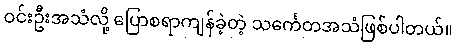
ဝင်းဦးအသံလို့ ပြောစရာကျန်ခဲ့တဲ့ သင်္ကေတအသံဖြစ်ပါတယ်။